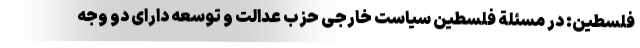
فلسطین: در مسئلة فلسطین سیاست خارجی حزب عدالت و توسعه دارای دو وجه